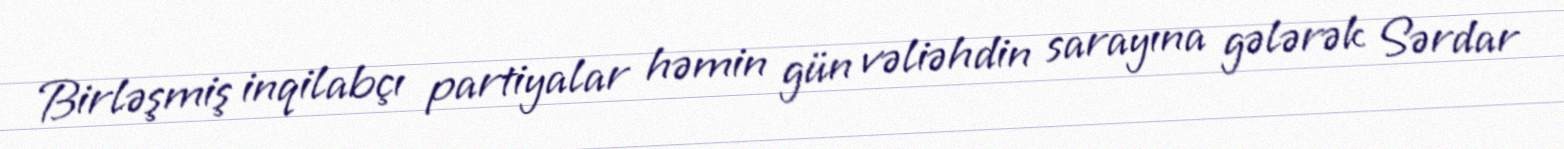
Birləşmiş inqilabçı partiyalar həmin gün vəliəhdin sarayına gələrək Sərdar